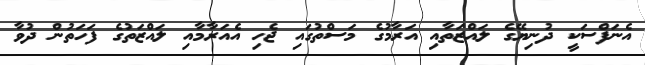
އެނަފްސަކީ ދުނިޔޭގެ ލައްޒަތާއި އަރާމުގެ މަސްތުގައި ޖެހި އެއަރާމާއި ލައްޒަތުގެ ފަހަތުން ދުވާ